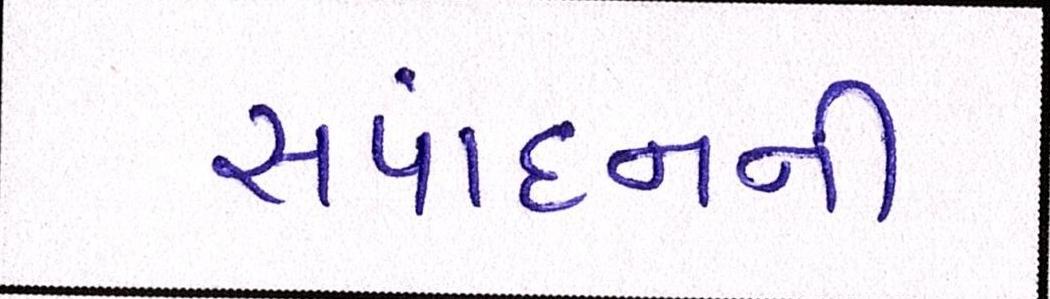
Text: સંપાદનની